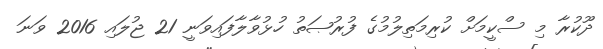
ދޫކުރާ މި ސްކީމަށް ކުރިމަތިލުމުގެ ފުރުޞަތު ހުޅުވާލާފައިވަނީ 21 ޖުލައި 2016 ވަނަ